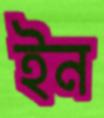
ইন